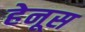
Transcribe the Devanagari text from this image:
हेनूस